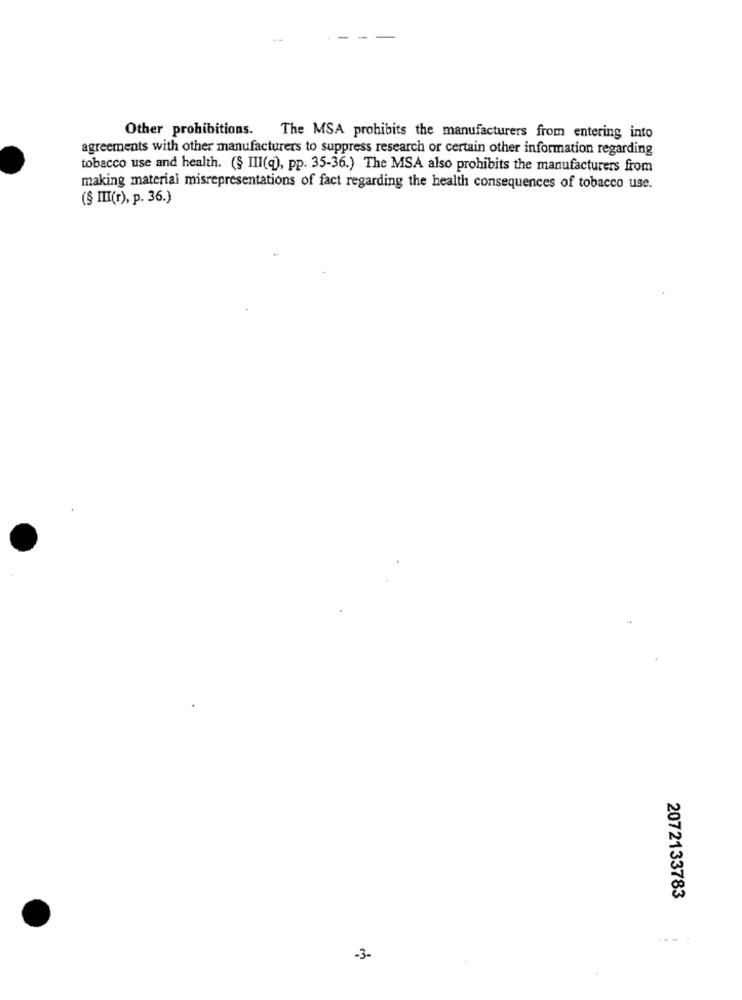
Other prohibitions.
The MSA prohibits the manufacturers from entering into
agreements with other manufacturers to suppress research or certain other information regarding
tobacco use and health. (§ III(q), pp. 35-36.) The MSA also prohibits the manufacturers from
making material misrepresentations of fact regarding the health consequences of tobacco use.
(§ III(r), p. 36.)
2072133783
-3-